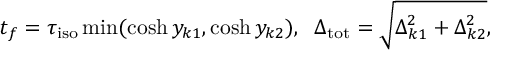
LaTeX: t _ { f } = \tau _ { \mathrm { i s o } } \operatorname * { m i n } ( \cosh y _ { k 1 } , \cosh y _ { k 2 } ) , \; \; \Delta _ { \mathrm { t o t } } = \sqrt { \Delta _ { k 1 } ^ { 2 } + \Delta _ { k 2 } ^ { 2 } } ,